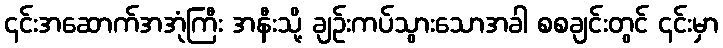
၎င်းအဆောက်အအုံကြီး အနီးသို့ ချဉ်းကပ်သွားသောအခါ စစချင်းတွင် ၎င်းမှာ